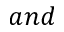
a n d